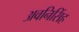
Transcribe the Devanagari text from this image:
अवनिसिंह